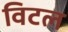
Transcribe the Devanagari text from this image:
विटल